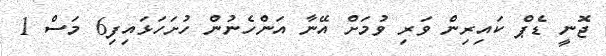
ޖޮނީ ޑެޕް ކައިރިން ވަރި ވުމަށް އޭނާ އަންހެނުން ހުށަހަޅައިފި6 މަސް 1